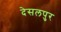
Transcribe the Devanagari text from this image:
देसलपुर